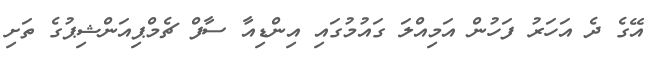
އޭގެ ދެ އަހަރު ފަހުން އަމިއްލަ ގައުމުގައި އިންޑިއާ ސާފް ޗެމްޕިއަންޝިޕުގެ ތަށި